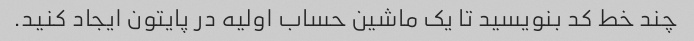
چند خط کد بنویسید تا یک ماشین حساب اولیه در پایتون ایجاد کنید.